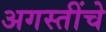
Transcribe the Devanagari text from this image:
अगस्तींचे